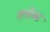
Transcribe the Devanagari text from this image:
तसेक